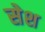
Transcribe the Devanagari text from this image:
सेश